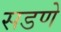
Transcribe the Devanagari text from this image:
सडणे